Scientific memoirs by medical officers of the Army of India - Part IX,
Year: 1895
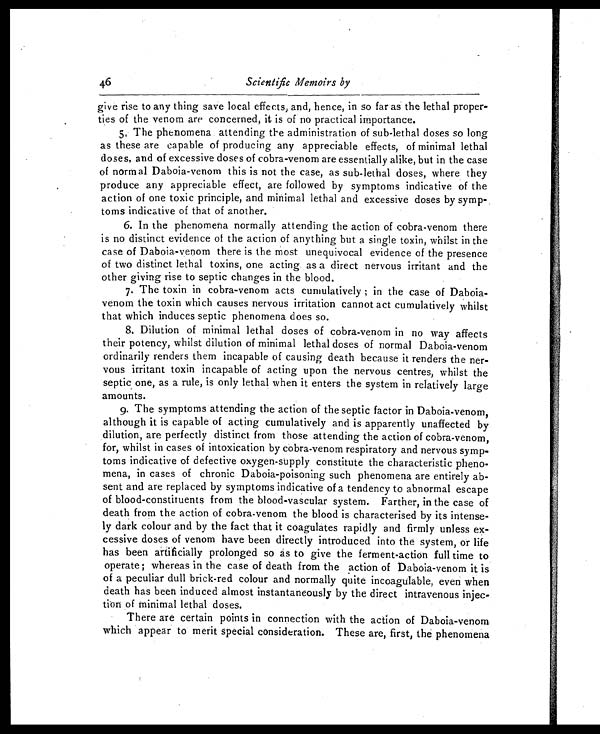
46
Scientific Memoirs by
give rise to any thing save local effects, and, hence, in so far as the lethal proper-
ties of the venom are concerned, it is of no practical importance.
5, The phenomena attending the administration of sub-lethal doses so long
as these are capable of producing any appreciable effects, of minimal lethal
doses, and of excessive doses of cobra-venom are essentially alike, but in the case
of normal Daboia-venom this is not the case, as sub-lethal doses, where they
produce any appreciable effect, are followed by symptoms indicative of the
action of one toxic principle, and minimal lethal and excessive doses by symp
- t o m s i n d i c a t i v e o f t h a t o f a n o t h e r .
6. In the phenomena normally attending the action of cobra-venom there
is no distinct evidence of the action of anything but a single toxin, whilst in the
case of Daboia-venom there is the most unequivocal evidence of the presence
of two distinct lethal toxins, one acting as a direct nervous irritant and the
other giving rise to septic changes in the blood.
7. The toxin in cobra-venom acts cumulatively ; in the case of Daboia-
venom the toxin which causes nervous irritation cannot act cumulatively whilst
that which induces septic phenomena does so.
8. Dilution of minimal lethal doses of cobra-venom in no way affects
their potency, whilst dilution of minimal lethal doses of normal Daboia-venom
ordinarily renders them incapable of causing death because it renders the ner-
vous irritant toxin incapable of acting upon the nervous centres, whilst the
septic one, as a rule, is only lethal when it enters the system in relatively large
amounts.
9. The symptoms attending the action of the septic factor in Daboia-venom,
although it is capable of acting cumulatively and is apparently unaffected by
dilution, are perfectly distinct from those attending the action of cobra-venom,
for, whilst in cases of intoxication by cobra-venom respiratory and nervous symp-
toms indicative of defective oxygen-supply constitute the characteristic pheno-
mena, in cases of chronic Daboia-poisoning such phenomena are entirely ab-
sent and are replaced by symptoms indicative of a tendency to abnormal escape
of blood-constituents from the blood-vascular system. Farther, in the case of
death from the action of cobra-venom the blood is characterised by its intense-
ly dark colour and by the fact that it coagulates rapidly and firmly unless ex-
cessive doses of venom have been directly introduced into the system, or life
has been artificially prolonged so as to give the ferment-action full time to
operate; whereas in the case of death from the action of Daboia-venom it is
of a peculiar dull brick-red colour and normally quite incoagulable, even when
death has been induced almost instantaneously by the direct intravenous injec-
tion of minimal lethal doses.
There are certain points in connection with the action of Daboia-venom
which appear to merit special consideration. These are, first, the phenomena